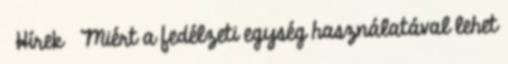
Hírek Miért a fedélzeti egység használatával lehet